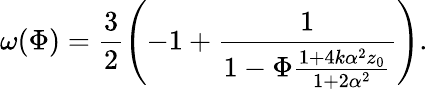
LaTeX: \omega(\Phi)=\frac{3}{2}\left(-1+\frac{1}{1-\Phi\frac{1+4k\alpha^{2}z_{0}}{1+2\alpha^{2}}}\right).